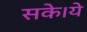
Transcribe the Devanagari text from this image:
सके।ये